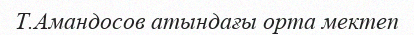
Т.Амандосов атындағы орта мектеп